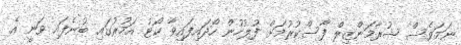
ނަމަވެސް ޝުރާމަންޒިލް ފާސްކުރުމަށް ފުލުހުން ހޯދައިފައިވާ ކޯޓު އަމުރުގައި ބުނެފައި ވަނީ އެ